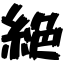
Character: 絶